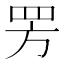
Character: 𬙙